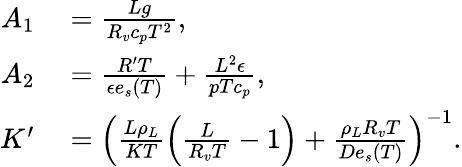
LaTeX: \begin{array}{rl}{A_{1}}&{{}=\frac{Lg}{R_{v}c_{p}T^{2}},}\\ {A_{2}}&{{}=\frac{R^{\prime}T}{\epsilon e_{s}(T)}+\frac{L^{2}\epsilon}{pTc_{p}},}\\ {K^{\prime}}&{{}=\left(\frac{L\rho_{L}}{KT}\left(\frac{L}{R_{v}T}-1\right)+\frac{\rho_{L}R_{v}T}{De_{s}(T)}\right)^{-1}.}\end{array}